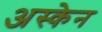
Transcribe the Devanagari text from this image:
अस्केन